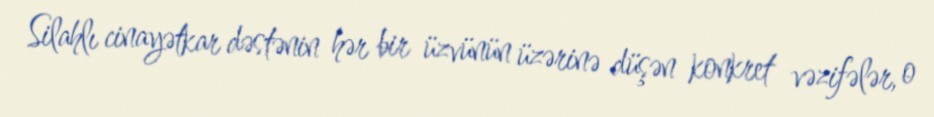
Silahlı cinayətkar dəstənin hər bir üzvünün üzərinə düşən konkret vəzifələr, o